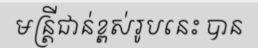
មន្ត្រីជាន់ខ្ពស់រូបនេះ បាន